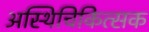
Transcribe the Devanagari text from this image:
अस्थिचिकित्सक